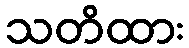
သတိထား